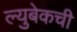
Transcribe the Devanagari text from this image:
ल्युबेकची